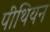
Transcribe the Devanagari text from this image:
पीथियन